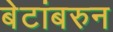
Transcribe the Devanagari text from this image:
बेटांबरुन